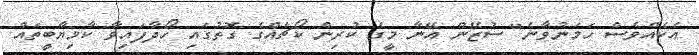
އެކެއްވެސް ހަމަނުވާނެ" ސުޒޭން އޭނާ މީގެ ކުރިން ކޯޗެއްގެ ގޮތުގައި ހޯދާފައިވާ ކާމިޔާބީތައް